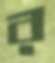
র